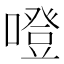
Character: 噔